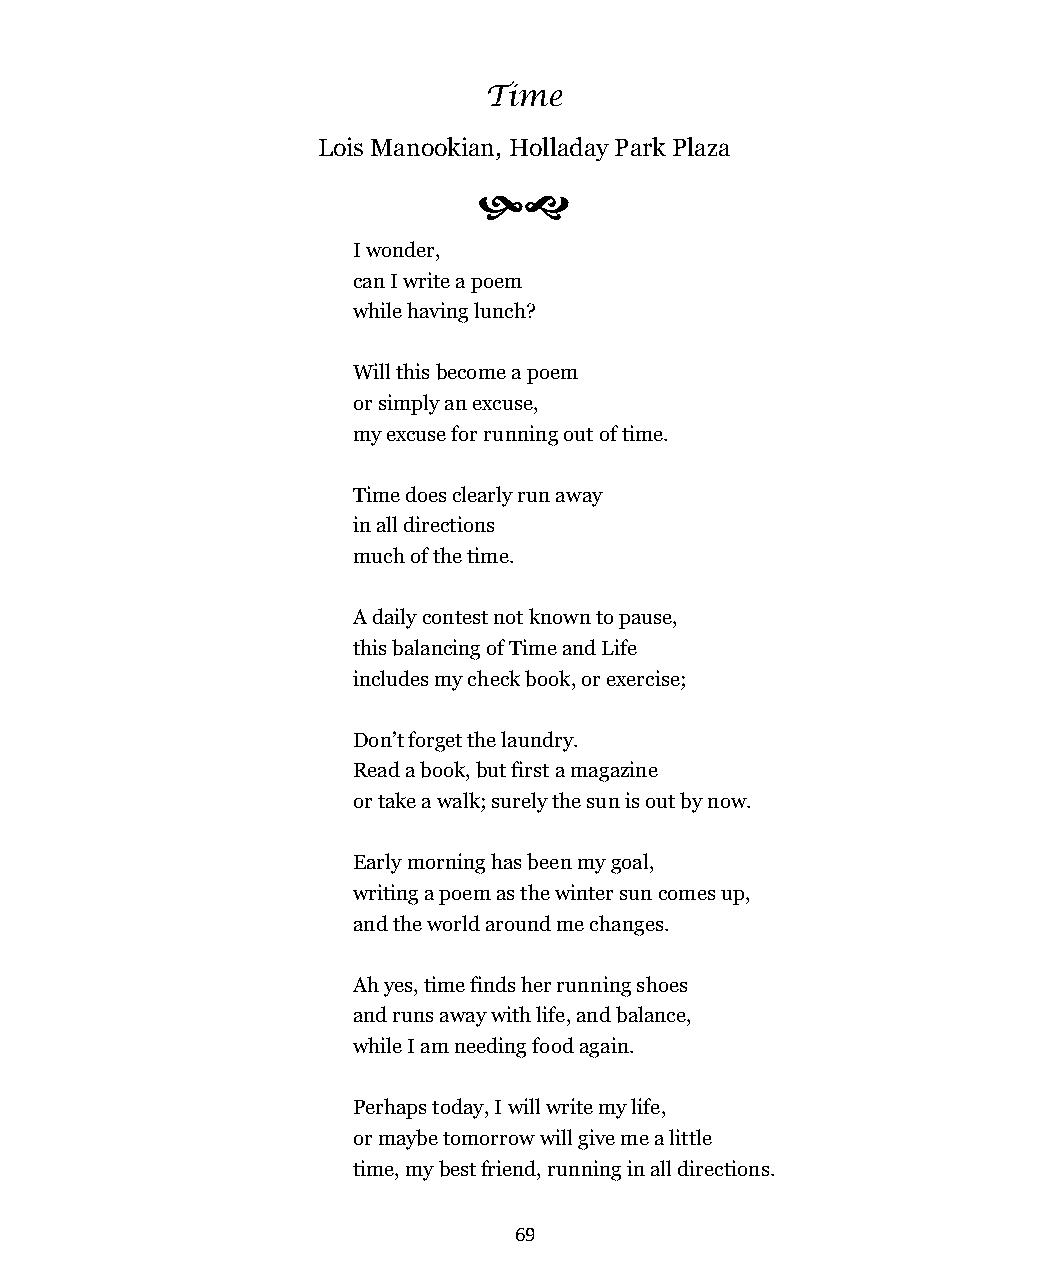
Time
 Lois Manookian, Holladay Park Plaza
 
 I wonder,
 can I write a poem
 while having lunch?
 Will this become a poem
 or simply an excuse,
 my excuse for running out of time.
 Time does clearly run away
 in all directions
 much of the time.
 A daily contest not known to pause,
 this balancing of Time and Life
 includes my check book, or exercise;
 Don’t forget the laundry.
 Read a book, but first a magazine
 or take a walk; surely the sun is out by now.
 Early morning has been my goal,
 writing a poem as the winter sun comes up,
 and the world around me changes.
 Ah yes, time finds her running shoes
 and runs away with life, and balance,
 while I am needing food again.
 Perhaps today, I will write my life,
 or maybe tomorrow will give me a little
 time, my best friend, running in all directions.
 69